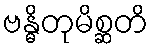
ဗန္ဓိတုမိစ္ဆတိ